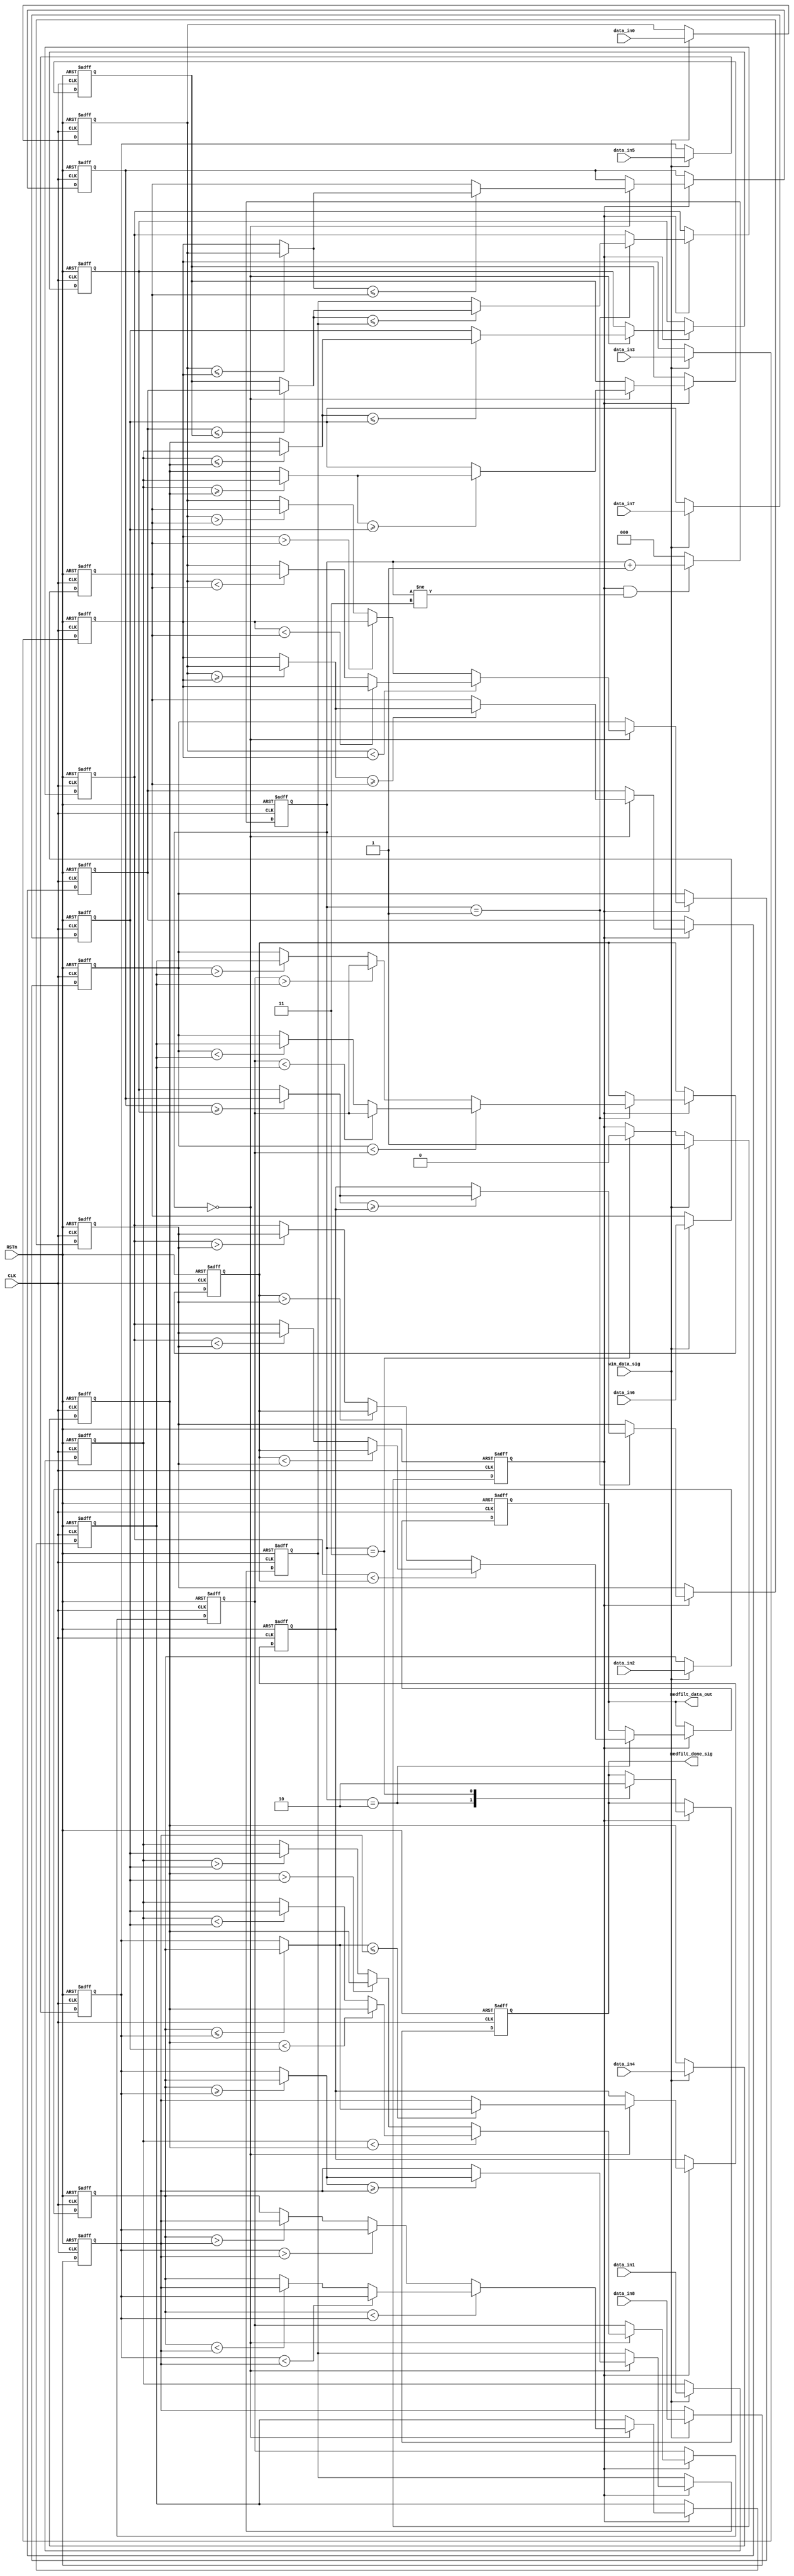
`timescale 1ns / 1ps
//////////////////////////////////////////////////////////////////////////////////
// Company: 
// Engineer: 
// 
// Design Name: 
// Module Name:    medfilter3by3 
// Project Name: 
// Target Devices: 
// Tool versions: 
// Description: 
//
// Dependencies: 
//
// Revision: 
// Revision 0.01 - File Created
// Additional Comments: 
//
//////////////////////////////////////////////////////////////////////////////////
module medfilter3by3(
  CLK,
  RSTn,
  win_data_sig,  //input-from module of win3by3_gen; 
  medfilt_done_sig,   //output-to top;
  data_in0,        //input-from module of win3by3_gen;
  data_in1,
  data_in2,
  data_in3,
  data_in4,
  data_in5,
  data_in6,
  data_in7,
  data_in8,
  medfilt_data_out    //output-to top; 
    );

  input CLK;
  input RSTn;
  input win_data_sig;
  input [7:0] data_in0;           //output-to ;
  input [7:0] data_in1;
  input [7:0] data_in2;
  input [7:0] data_in3;
  input [7:0] data_in4;
  input [7:0] data_in5;
  input [7:0] data_in6;
  input [7:0] data_in7;
  input [7:0] data_in8;

  output medfilt_done_sig;
  output [7:0] medfilt_data_out;

/******************************************************************************/ 
  reg [7:0] a11;
  reg [7:0] a12;
  reg [7:0] a13;
  reg [7:0] a21;
  reg [7:0] a22;
  reg [7:0] a23;
  reg [7:0] a31;
  reg [7:0] a32;
  reg [7:0] a33;
  
  reg [7:0] b11;
  reg [7:0] b12;
  reg [7:0] b13;
  reg [7:0] b21;
  reg [7:0] b22;
  reg [7:0] b23;
  reg [7:0] b31;
  reg [7:0] b32;
  reg [7:0] b33;
  
  reg [7:0] c11;
  reg [7:0] c12;
  reg [7:0] c13;
  reg [7:0] c21;
  reg [7:0] c22;
  reg [7:0] c23;
  reg [7:0] c31;
  reg [7:0] c32;
  reg [7:0] c33;
  
  reg [2:0] i;
  reg [7:0] medfilt_data;
  reg filt_done;
  
  reg cal_vld;

 
always @ ( posedge CLK or negedge RSTn )
    if (!RSTn)
      begin
            a11 <= 0;
            a12 <= 0;
            a13 <= 0;
            a21 <= 0;
            a22 <= 0;
            a23 <= 0;
            a31 <= 0;
            a32 <= 0;
            a33 <= 0;
        end
     else if (win_data_sig)
       begin
            a11 <= data_in0;
            a12 <= data_in1;
            a13 <= data_in2;
            a21 <= data_in3;
            a22 <= data_in4;
            a23 <= data_in5;
            a31 <= data_in6;
            a32 <= data_in7;
            a33 <= data_in8;
        end
  
  always @ ( posedge CLK or negedge RSTn )
    if (!RSTn)
            i <= 3'd0;
     else if( cal_vld & ( i!=3 ) )
            i <= i + 1;
     else 
            i <= 0;
            
  always @ ( posedge CLK or negedge RSTn )
    if (!RSTn)
            cal_vld <= 1'b0;
     else if( win_data_sig )
            cal_vld <= 1'b1;
     else if( i==3'd3 )
            cal_vld <= 0;            


  always @ ( posedge CLK or negedge RSTn )
    if (!RSTn)
       begin
        filt_done <= 1'b0;
        b11 <= 0;
        b12 <= 0;
        b13 <= 0;
        b21 <= 0;
        b22 <= 0;
        b23 <= 0;
        b31 <= 0;
        b32 <= 0;
        b33 <= 0;
        c11 <= 0;
        c12 <= 0;
        c13 <= 0;
        c21 <= 0;
        c22 <= 0;
        c23 <= 0;
        c31 <= 0;
        c32 <= 0;
        c33 <= 0;
        medfilt_data <= 0;
        end
     else if( cal_vld )
       case(i)
          3'd0:
            begin
             b11 <= max(a11, a21, a31); 
             b12 <= max(a12, a22, a32); 
             b13 <= max(a13, a23, a33);
             b21 <= med(a11, a21, a31); 
             b22 <= med(a12, a22, a32); 
             b23 <= med(a13, a23, a33);
             b31 <= min(a11, a21, a31); 
             b32 <= min(a12, a22, a32); 
             b33 <= min(a13, a23, a33);
            end
             
          3'd1:
            begin
             c31 <= max(b31, b32, b33);
             c22 <= med(b21, b22, b23);
             c13 <= min(b11, b12, b13); 
             end
          
          3'd2:
             begin
             medfilt_data <= med(c13, c22, c31);
             filt_done<=1'b1;
             end
 
          3'd3:
             filt_done <= 1'b0; 

            default:;

        endcase
        
/************************************************************************************/ 

function [7:0] max;//if the data is signed number, please add the char signed behind key function; 
  input [7:0] a, b, c;
  begin
    max = (((a >= b) ? a : b) >= c ) ?  ((a >= b) ? a : b) : c;
  end
endfunction

function [7:0] med;
  input [7:0] a, b, c;
  begin
     med = a < b ? (b < c ? b : a < c ? c : a) : (b > c ? b : a > c ? c : a);
  end
endfunction

function [7:0] min;
  input [7:0] a, b, c;
  begin
     min= (((a <= b) ? a : b) <= c ) ?  ((a <= b) ? a : b) : c;
  end
endfunction
          
/************************************************************************************/ 
 
  assign medfilt_data_out = medfilt_data;
  assign medfilt_done_sig = filt_done;

/**********************************************************************************/ 
 
endmodule